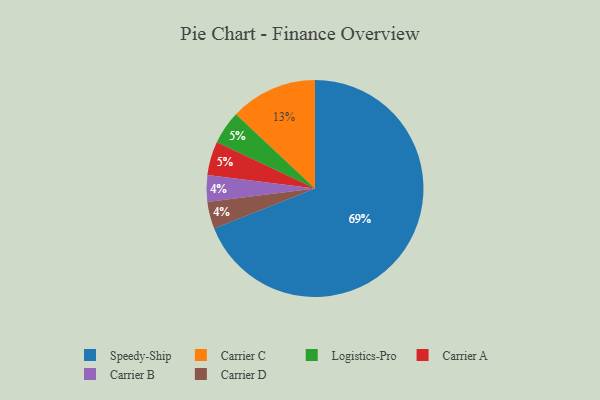
{"axis": {"x": "Category", "y": "Percentage"}, "legend": ["Carrier A", "Carrier B", "Carrier C", "Carrier D", "Logistics-Pro", "Speedy-Ship"], "data": [{"x": "Carrier B", "y": 4, "type": "Carrier B"}, {"x": "Logistics-Pro", "y": 5, "type": "Logistics-Pro"}, {"x": "Speedy-Ship", "y": 69, "type": "Speedy-Ship"}, {"x": "Carrier A", "y": 5, "type": "Carrier A"}, {"x": "Carrier C", "y": 13, "type": "Carrier C"}, {"x": "Carrier D", "y": 4, "type": "Carrier D"}]}